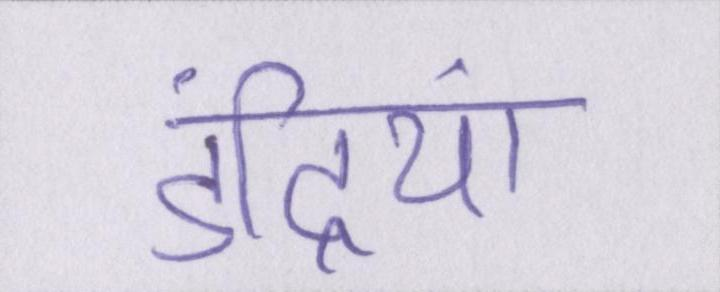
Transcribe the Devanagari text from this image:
इंद्रियां